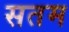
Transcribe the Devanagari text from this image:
सतम